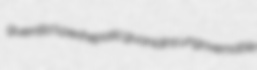
guerrilla's perihepatic guanidins ungovernable